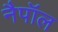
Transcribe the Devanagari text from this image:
नैपॉल